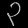
Digit: ၃